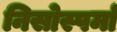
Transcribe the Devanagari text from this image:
निसोस्पर्मा